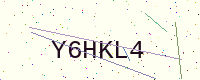
Text: Y6HKL4